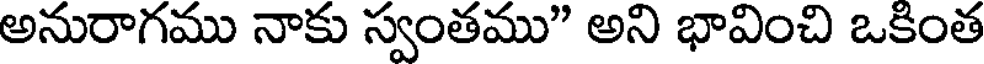
అనురాగము నాకు స్వంతము" అని భావించి ఒకింత